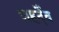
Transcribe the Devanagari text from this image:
शहर्देव